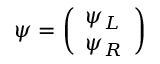
\psi = { \left( \begin{array} { l } { \psi _ { L } } \\ { \psi _ { R } } \end{array} \right) }